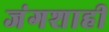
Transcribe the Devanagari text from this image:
जंगशाही